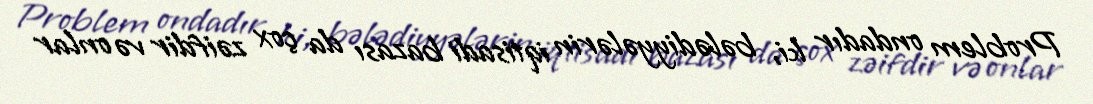
Problem ondadır ki, bələdiyyələrin iqtisadi bazası da çox zəifdir və onlar